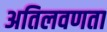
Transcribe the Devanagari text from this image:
अतिलवणता